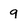
Character: 9